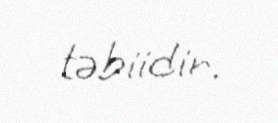
təbiidir.